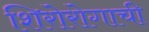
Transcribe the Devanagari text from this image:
शिरोरोगाची